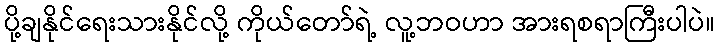
ပို့ချနိုင်ရေးသားနိုင်လို့ ကိုယ်တော်ရဲ့ လူ့ဘဝဟာ အားရစရာကြီးပါပဲ။